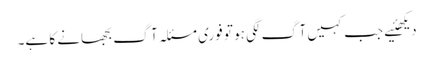
دیکھئیے جب کہیں آگ لگی ہو تو فوری مسئلہ آگ بجھانے کا ہے۔